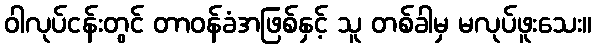
ဝါလုပ်ငန်းတွင် တာဝန်ခံအဖြစ်နှင့် သူ တစ်ခါမှ မလုပ်ဖူးသေး။